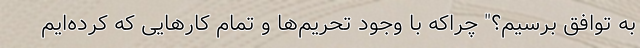
به توافق برسیم؟" چراکه با وجود تحریم‌ها و تمام کارهایی که کرده‌ایم